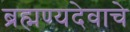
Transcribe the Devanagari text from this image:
ब्रह्मण्यदेवाचे